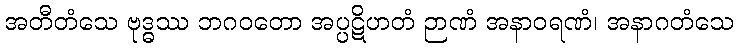
အတီတံသေ ဗုဒ္ဓဿ ဘဂဝတော အပ္ပဋိဟတံ ဉာဏံ အနာဝရဏံ၊ အနာဂတံသေ